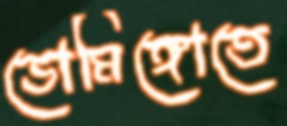
ডোমিঙ্গোতে